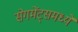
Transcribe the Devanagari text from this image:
सेगमेंट्समध्ये